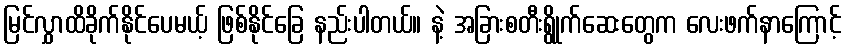
မြင်လွှာထိခိုက်နိုင်ပေမယ့် ဖြစ်နိုင်ခြေ နည်းပါတယ်။ နဲ့ အခြားစတီးရွိုက်ဆေးတွေက လေးဖက်နာကြောင့်